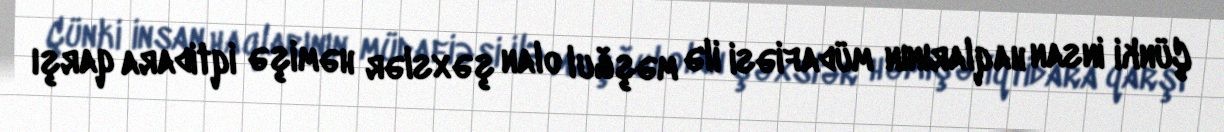
Çünki insan haqlarının müdafiəsi ilə məşğul olan şəxslər həmişə iqtidara qarşı